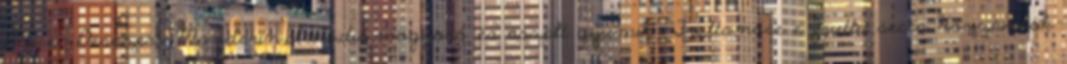
Dolce Desszert: Mandarin,alma,dió,mogyoró és aszalt gyümik Frutta,noce e frutta secca Hozzávalók